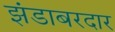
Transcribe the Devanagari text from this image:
झंडाबरदार